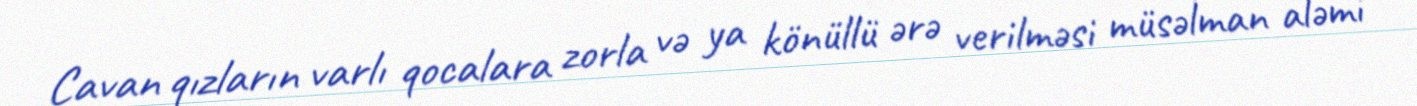
Cavan qızların varlı qocalara zorla və ya könüllü ərə verilməsi müsəlman aləmi